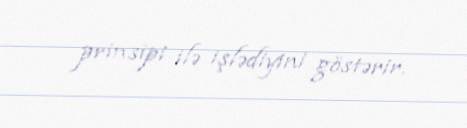
prinsipi ilə işlədiyini göstərir.